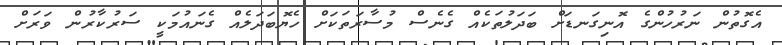
އެގޮތުން ނަރުހުންގެ އޮނިގަނޑަށް ބަދަލުތަކެއް ގެނެސް މުސާރަތަކަށް ހެޔޮބަދަލެއް ގެނައުމަކީ ސަރުކާރުން ވަރަށް